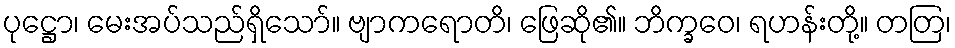
ပုဋ္ဌော၊ မေးအပ်သည်ရှိသော်။ ဗျာကရောတိ၊ ဖြေဆို၏။ ဘိက္ခဝေ၊ ရဟန်းတို့။ တတြ၊